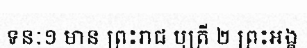
ទនៈ១ មាន ព្រះរាជ បុត្រី ២ ព្រះអង្គ